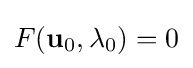
F(\mathbf {u} _{0},\lambda _{0})=0